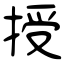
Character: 授